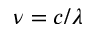
\nu = c / \lambda